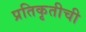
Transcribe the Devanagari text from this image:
प्रतिकृतीची